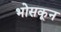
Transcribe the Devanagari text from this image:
भोसकून